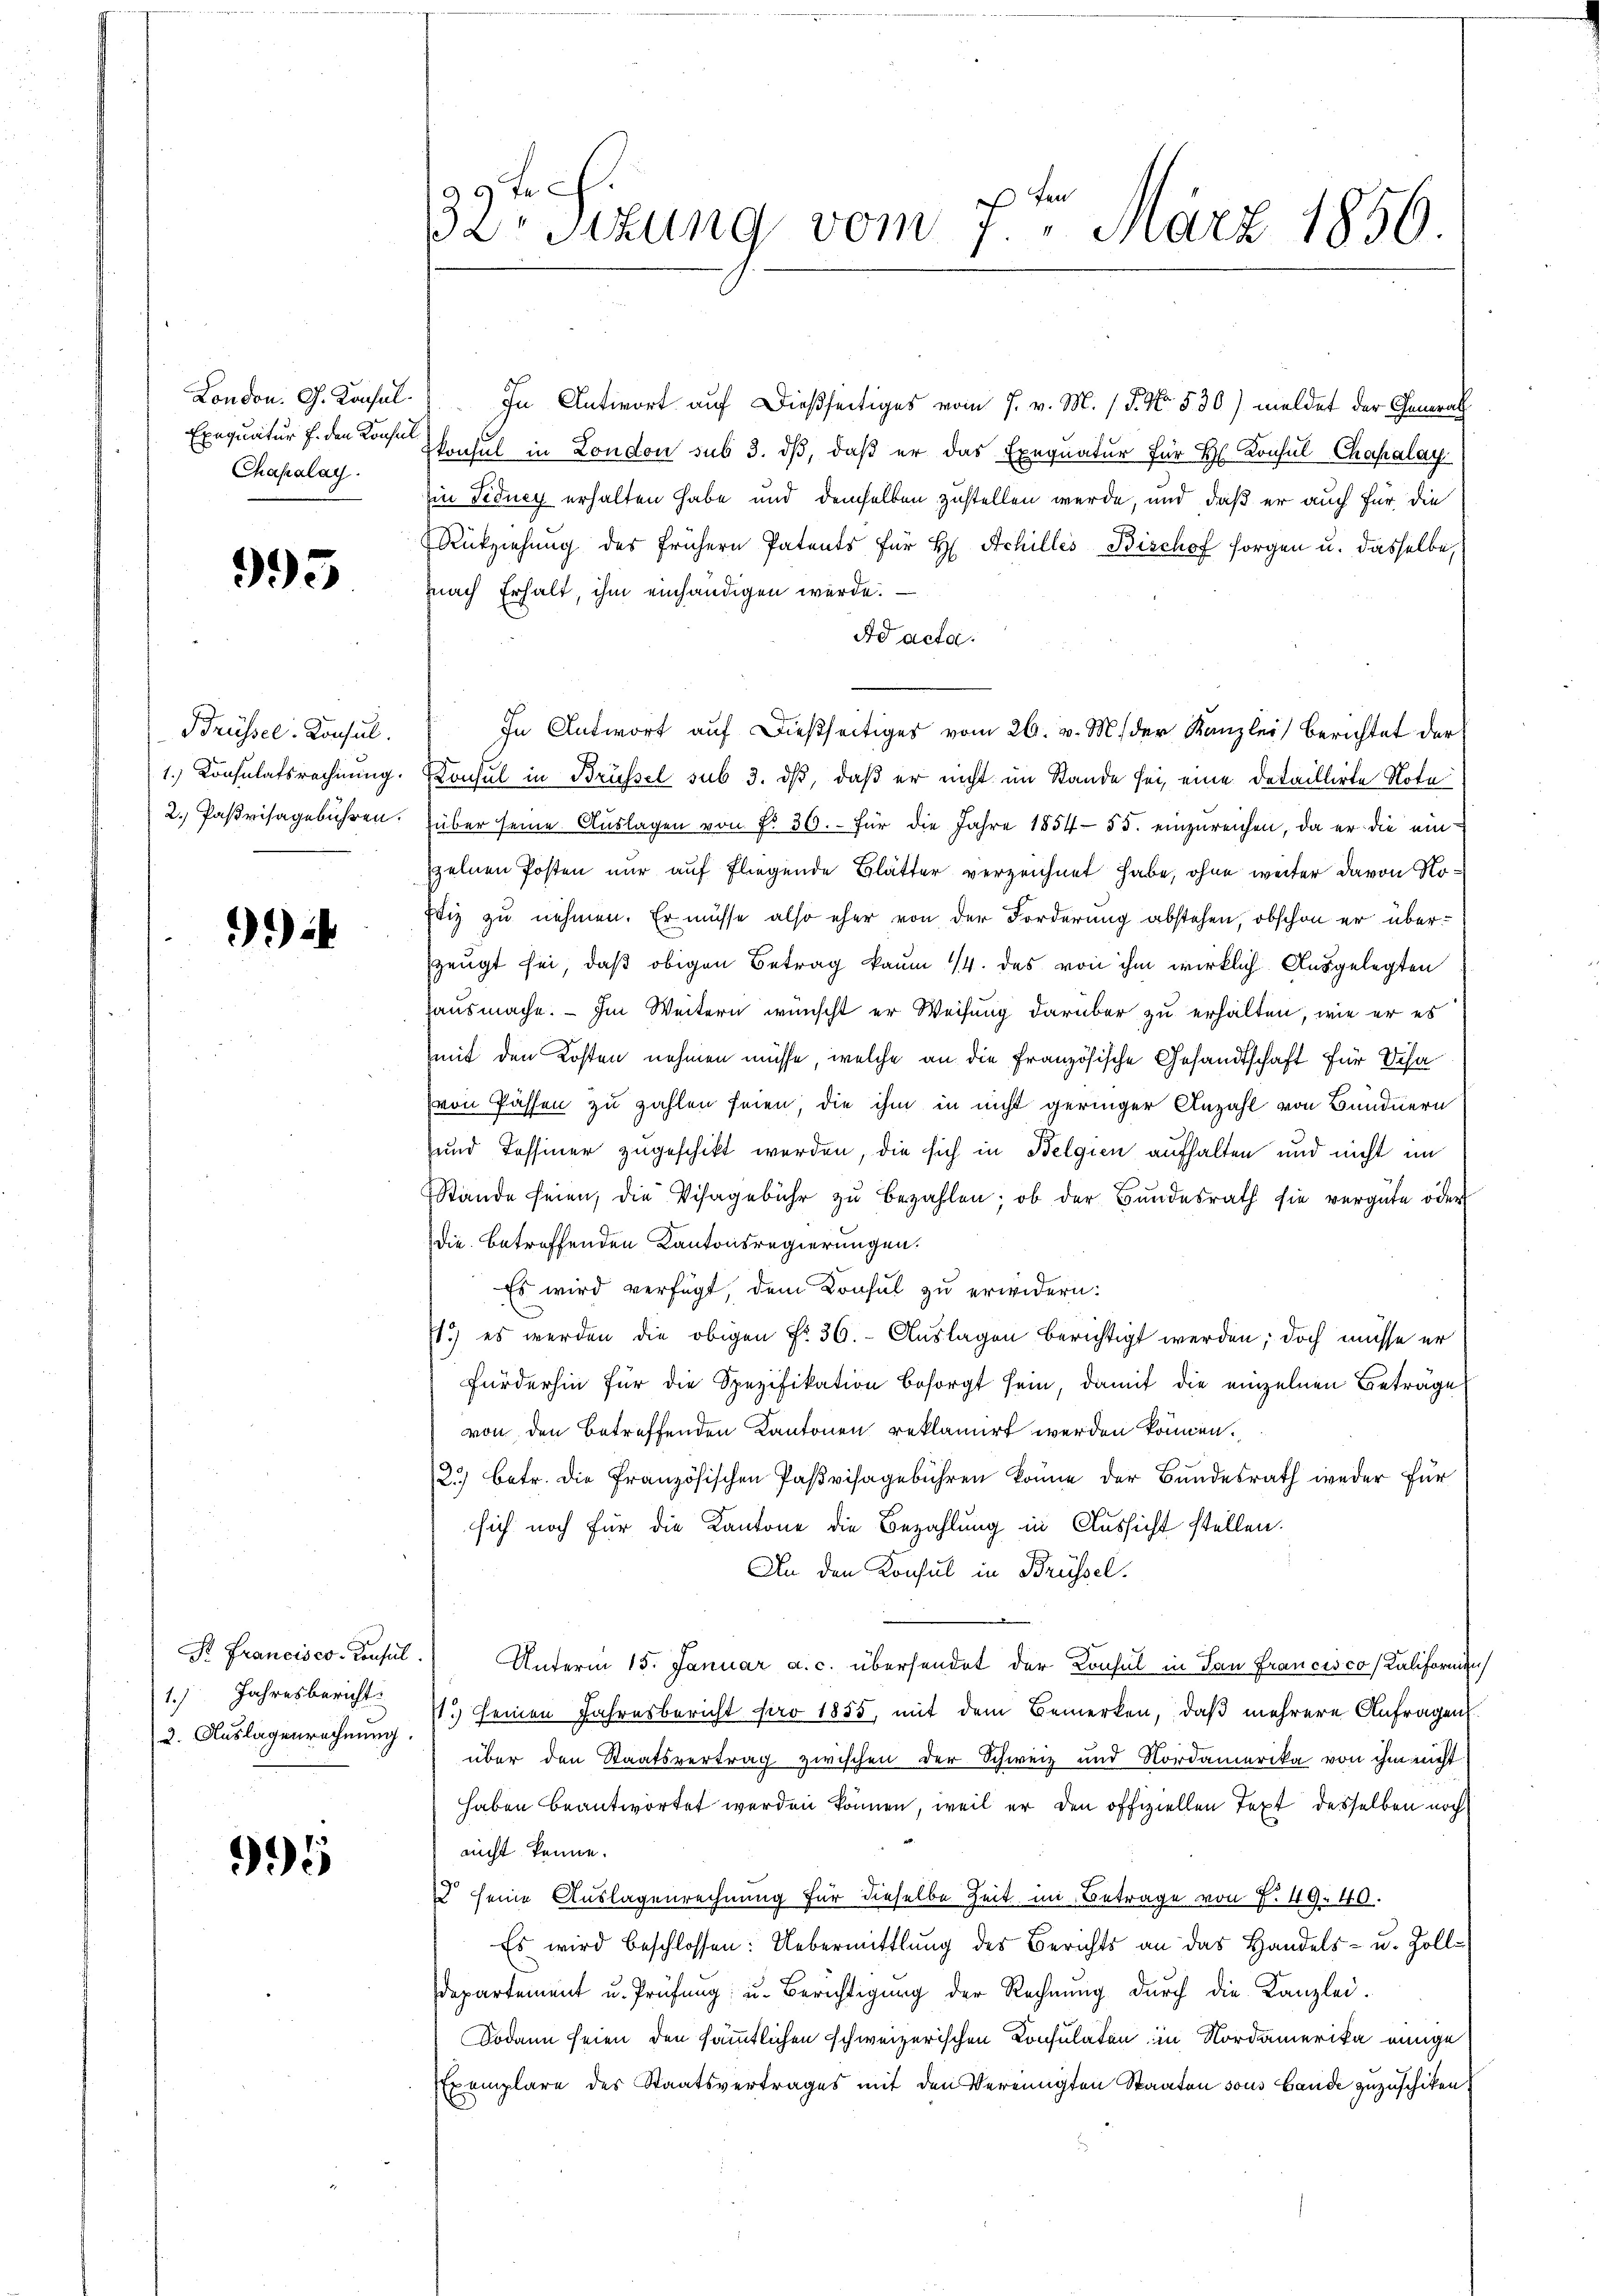
London. G. Konsul¬
Exequatur f. den Konsul
Chahalay.

993

Brüssel-Konsul

9)

1. Jahresbericht.
2. Auslagenrechnung.

995

99 te ch
ten
dr sezung vom 7. März 1856.

In Antwort auf dießseitiges vom 7. v. M. P. Nr. 530) meldet der Generath
konsul in London sub 3. dß, daß er das Exequatur für Hr. Konsul Chapalay
Ein Tidney erhalten habe und demselben zustellen werde, und daß er auch für die
Rükziehung des frühern Patents für H. Achilles Bischof sorgen u. dasselbe,
nach Erhalt, ihm einhändigen werde.
Ad acta.
In Antwort auf dießseitiges vom 26. v. M. der Kanzlei Berichtet der
1.) Consulatsrechnung. Konsul in Brüssel sub 3. ds, daß er nicht im Stande sei, eine detaillirte Note
2. Paβvisagebühren. über seine Aŭslagen von Fr. 36. für die Jahre 1854-55. einzŭreichen, da er die einzelnen Posten nur auf fliegende Blätter verzeichnet habe, ohne weiter davon Ro¬
Etiz zu nehmen. Er müsse also eher von der Forderung abstehen, obschon er überzeugt sei, daß obigen Betrag kaum 14. des von ihm wirklich Ausgelegten
ausmache. — Im Weitern wünscht er Weisung darüber zu erhalten, wie er es
mit den Kosten nehmen müsse, welche an die Französische Gesandtschaft für Scha
von Passen zu zahlen seien, die ihm in nicht geringer Anzahl von Bündnern
und Tessiner zugeschikt werden, die sich in Belgien aufhalten und nicht im
Stände seien, die Visagebühr zŭ bezahlen; ob der Bundesrath sie vergüte oder
die betreffenden Kantonsregierungen.
Es wird verfügt, dem Konsul zu erwidern:
1.) es werden die obigen Fr. 36. Auslagen berichtigt werden; doch müsse er
fürderhin für die Spezifikation besorgt sein, damit die einzelnen Beträge
von den betreffenden Kantonen reklamirt werden können.
2.) betr. die französischen Pasvisagebühren könne der Bundesrath weder für
sich noch für die Kantone die Bezahlung in Aussicht stellen.
An den Konsul in Brüssel.
Pr Francisco Consil. Unterm 15. Januar a. c. übersendet der Konsul in San Francisco, Kalifornige
1.) seinen Jahresbericht pro 1885, mit dem Bemerken, daß mehrere Anfragen
über den Staatsvertrag zwischen der Schweiz und Nordamerika von ihm nicht
haben beantwortet werden können, weil er den offiziellen Text desselben noch
nicht kenne.
d seine Auslagenrechnung für dieselbe Zeit in Betrage von P. 49. 40.
Es wird beschlossen: Uebermittlung des Berichts an das Handels- u. Zolldepartement u. Prüfung u. Berichtigung der Rechnung durch die Kanzlei-
Sodann seien den sämmtlichen schweizerischen Consulaten in Nordamerika einige
Exemplare des Staatsvertrages mit den Vereinigten Staaten sous Bande zuzuschiken